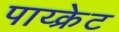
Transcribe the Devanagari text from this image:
पाय्क्रेट